Lunatic asylums Punjab 1895-1910 - 1895-1910
Year: 1895
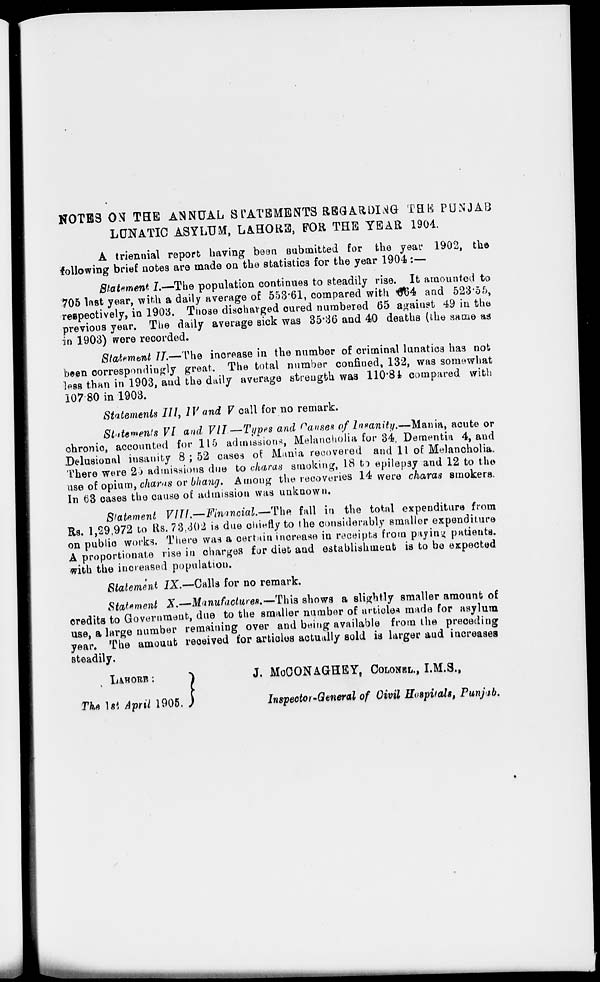
NOTES ON THE ANNUAL STATEMENTS REGARDING THE PUNJAB
LUNATIC ASYLUM, LAHORE, FOR THE YEAR 1904.
A triennial report having been submitted for the year 1902, the
following brief notes are made on the statistics for the year 1904:—
Statement I.—The population continues to steadily rise. It amounted to
705 last year, with a daily average of 553.61, compared with 664 and 523.55,
respectively, in 1903. Those discharged cured numbered 65 against 49 in the
previous year. The daily average sick was 35.36 and 40 deaths (the same as
in 1903) were recorded.
Statement II.—The increase in the number of criminal lunatics has not
been correspondingly great The total number confined, 132, was somewhat
less than in 1903, and the daily average strength was 110.84 compared with
107.80 in 1903.
Statements III, IV and V call for no remark.
Statements VI and VII.—Types and Causes of Insanity.—Mania, acute or
chronic, accounted for 115 admissions, Melancholia for 34, Dementia 4, and
Delusional insanity 8 ; 52 cases of Mania recovered and 11 of Melancholia.
There were 25 admissions due to charas smoking, 18 to epilepsy and 12 to the
use of opium, charas or bhang. Among the recoveries 14 were charas smokers.
In 63 cases the cause of admission was unknown.
Statement VIII—Financial.—The fall in the total expenditure from
Rs. 1,29,972 to Rs. 73,302 is due chiefly to the considerably smaller expenditure
on public works. There was a certain increase in receipts from paying patients.
A proportionate rise in charges for diet and establishment is to be expected
with the increased population.
Statement IX.—Calls for no remark.
Statement X.—Manufactures.— This shows a slightly smaller amount of
credits to Government, due to the smaller number of articles made for asylum
use, a large number remaining over and being available from the preceding
year. The amount received for articles actually sold is larger and increases
steadily.
LAHORE :
J.
McCONAGHEY, COLONEL., I.M.S.,
The 1st April 1905. )
Inspector-General of Civil Hospitals, Punjab.